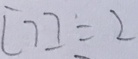
[ 7 ] \div 2